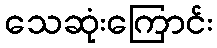
သေဆုံးကြောင်း